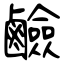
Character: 鹼